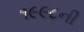
૧૯૯૮ની